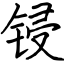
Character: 锓